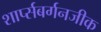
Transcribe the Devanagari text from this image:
शार्प्सबर्गनजीक